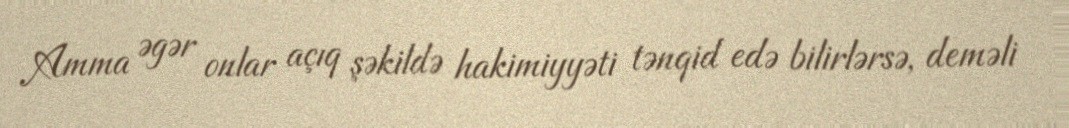
Amma əgər onlar açıq şəkildə hakimiyyəti tənqid edə bilirlərsə, deməli